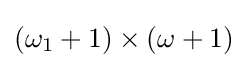
(\omega _{1}+1)\times (\omega +1)